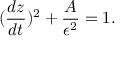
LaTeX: ( { \frac { d z } { d t } } ) ^ { 2 } + { \frac { A } { \epsilon ^ { 2 } } } = 1 .